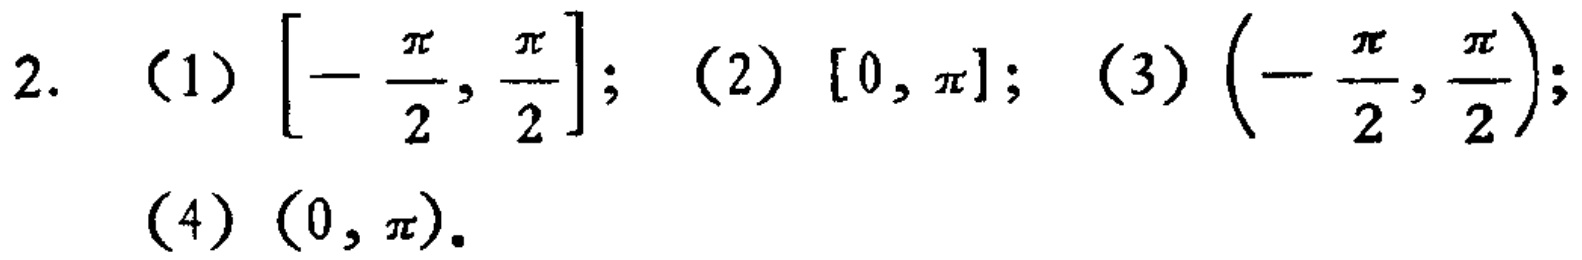
2. （1）\(\left[-\frac{\pi}{2}, \frac{\pi}{2}\right]\); （2）\([0, \pi]\); （3）\(\left(-\frac{\pi}{2}, \frac{\pi}{2}\right)\); （4）\((0, \pi)\).